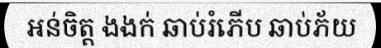
អន់ចិត្ត ងងក់ ឆាប់រំភើប ឆាប់ភ័យ